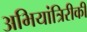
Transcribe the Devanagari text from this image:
अभियांत्रिरीकी